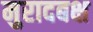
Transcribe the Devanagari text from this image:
मुरादबक्ष